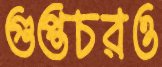
গুপ্তচরও